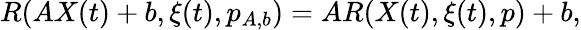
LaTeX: R(AX(t)+b,\xi(t),p_{A,b})=AR(X(t),\xi(t),p)+b,